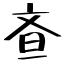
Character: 𭤘